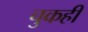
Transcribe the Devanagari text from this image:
चुकही